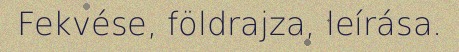
Fekvése, földrajza, leírása.